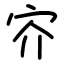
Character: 㝏